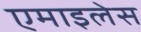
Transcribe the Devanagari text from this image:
एमाइलेस